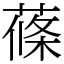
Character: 蓧